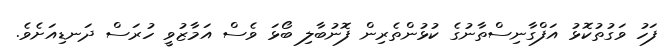
ފަހު ވަގުތުކޮޅު އަފްގާނިސްތާނުގެ ކުޅުންތެރިން ފޮނުބާލި ބޯޅަ ވެސް އަމާޒުވީ ހުރަސް ދަނޑިއަށެވެ.